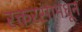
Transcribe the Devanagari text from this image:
रक्तरसामधून